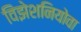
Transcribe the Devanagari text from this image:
विझेशनियोवा